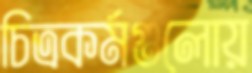
চিত্রকর্মগুলোয়